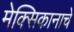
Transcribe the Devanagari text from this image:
मेक्सिकानाचे